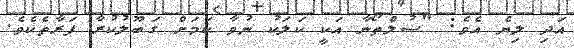
އަދި ލިޔެ އެވެ: "ސުލްތޯނާ އަކީ ކަލަކު ނުވާ ކަމަށް ގަބޫލުކުރާ ފަރާތެކެވެ.